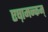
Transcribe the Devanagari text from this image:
एष़ामन्कम्